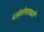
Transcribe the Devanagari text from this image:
६संतोषलक्ष्मी